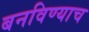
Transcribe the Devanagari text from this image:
बनविण्याच